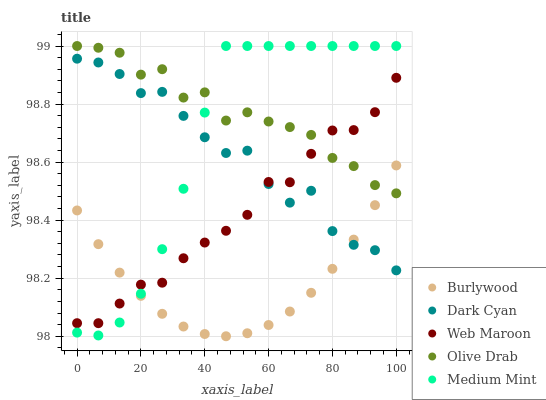
| xaxis_label | Burlywood | Dark Cyan | Web Maroon | Olive Drab | Medium Mint |
 | --- | --- | --- | --- | --- | --- |
 | 0 | 98.4 | 99 | 98 | 99 | 98 |
 | 6.67 | 98.3 | 98.9 | 98 | 99 | 98 |
 | 13.3 | 98.2 | 98.9 | 98.1 | 99 | 98 |
 | 20 | 98.1 | 98.8 | 98.2 | 98.9 | 98.1 |
 | 26.7 | 98.1 | 98.8 | 98.2 | 98.9 | 98.3 |
 | 33.3 | 98 | 98.8 | 98.3 | 98.8 | 98.5 |
 | 40 | 98 | 98.7 | 98.3 | 98.8 | 98.8 |
 | 46.7 | 98 | 98.6 | 98.4 | 98.7 | 99 |
 | 53.3 | 98 | 98.6 | 98.4 | 98.8 | 99 |
 | 60 | 98 | 98.5 | 98.5 | 98.7 | 99 |
 | 66.7 | 98.1 | 98.5 | 98.5 | 98.7 | 99 |
 | 73.3 | 98.1 | 98.5 | 98.6 | 98.7 | 99 |
 | 80 | 98.2 | 98.4 | 98.7 | 98.6 | 99 |
 | 86.7 | 98.3 | 98.3 | 98.7 | 98.6 | 99 |
 | 93.3 | 98.5 | 98.3 | 98.8 | 98.5 | 99 |
 | 100 | 98.6 | 98.2 | 98.9 | 98.5 | 99 |